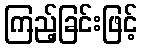
ကြည့်ခြင်းဖြင့်